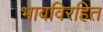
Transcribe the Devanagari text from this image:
भावविरहित